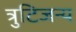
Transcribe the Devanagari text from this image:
त्रुटिजन्य